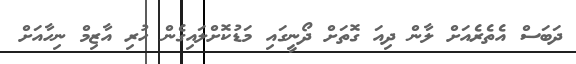
ދަބަސް އެތެރެއަށް ލާން ދިއަ ގޮތަށް ދޯނީގައި މަޑުކޮށްލައިގެން ހުރި އާޒިމް ނިހާއަށް